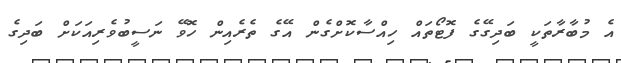
އެ މުބާރާތަކީ ބަދިގޭގެ ފޮޓޯތައް ހިއްސާކޮށްގެން އޭގެ ތެރެއިން ހޮވޭ ނަސީބުވެރިއަކަށް ބަދިގެ